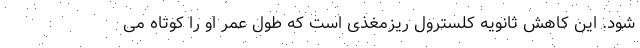
شود. این کاهش ثانویه کلسترول ریزمغذی است که طول عمر او را کوتاه می